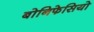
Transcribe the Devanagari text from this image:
बोनिफेसियो